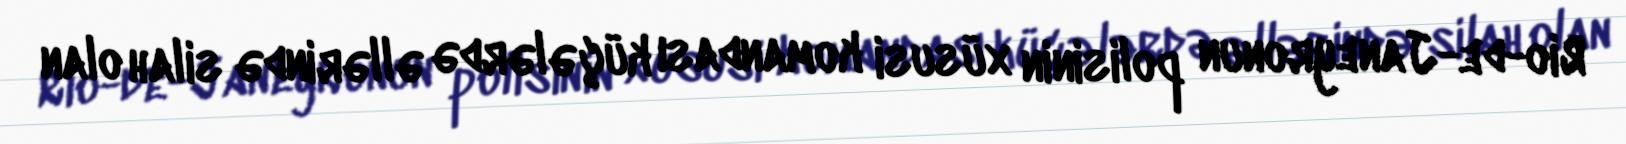
Rio-de-Janeyronun polisinin xüsusi komandası küçələrdə əllərində silah olan